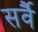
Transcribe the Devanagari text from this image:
सर्वै